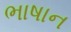
ભાષાન